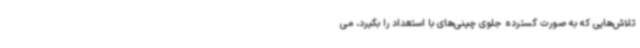
تلاش‌هایی که به صورت گسترده جلوی چینی‌های با استعداد را بگیرد، می